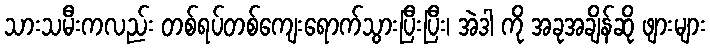
သားသမီးကလည်း တစ်ရပ်တစ်ကျေးရောက်သွားပြီးပြီး၊ အဲဒါ ကို အခုအချိန်ဆို ဖျားများ